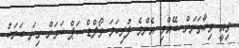
މިއީ މިހާތަނަށް ބޭއްވި އެންމެ ފުރިހަމަ ވޯލްޑް ކަޕް ކަމަށް ގިނަ ބަޔަކު